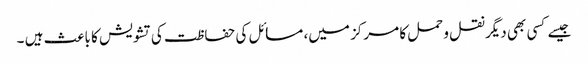
جیسے کسی بھی دیگر نقل و حمل کا مرکز میں، مسائل کی حفاظت کی تشویش کا باعث ہیں ۔